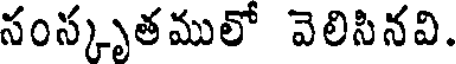
సంస్కృతములో వెలిసినవి.